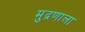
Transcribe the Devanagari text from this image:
मुद्रणाला